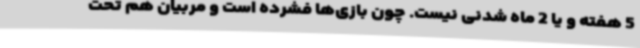
5 هفته و یا 2 ماه شدنی نیست. چون بازی‌ها فشرده است و مربیان هم تحت